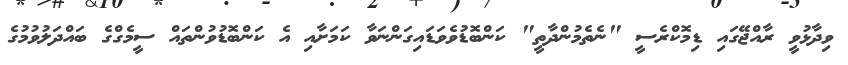
ވިދާޅުވީ ރާއްޖޭގައި ޑިމޮކްރެސީ "ނެތެމުންދާތީ" ކަންބޮޑުވެވަޑައިގަންނަވާ ކަމަށާއި އެ ކަންބޮޑުވުންތައް ސީމެގްގެ ބައްދަލުވުމުގެ